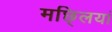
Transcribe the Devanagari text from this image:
मछ्लियां